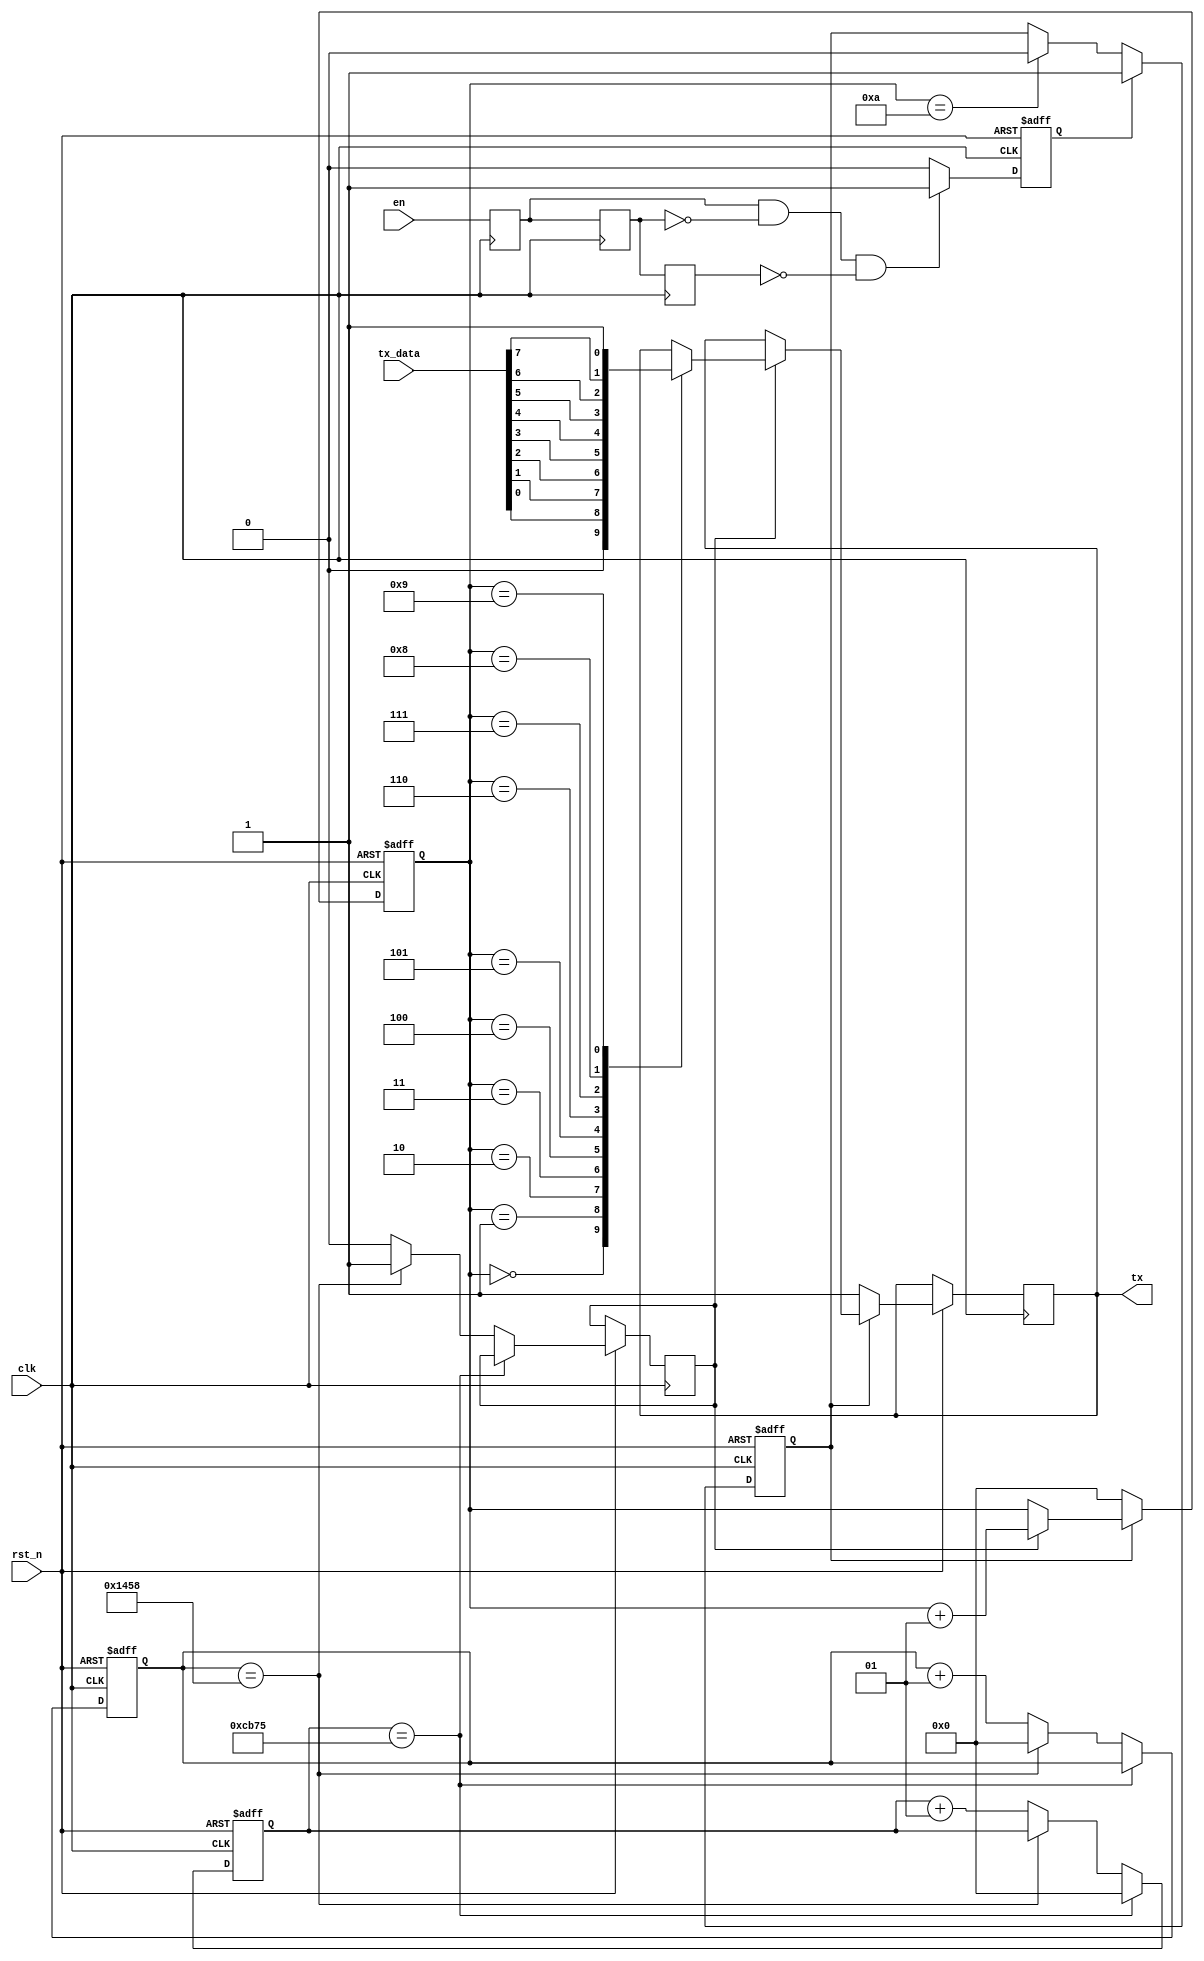
module uart_tx(
    input   clk,rst_n,
    output   tx,
    input[7:0]tx_data,
    input   en
);

    //9600bps   4ns???????
parameter clk_bps = 50_000_000;
parameter clk_en  = (clk_bps*10)/9600;



reg bps_start;
reg bit_start;
integer cnt_bps;
integer cnt_bit;
always @(posedge clk or negedge rst_n)begin
    if(!rst_n)begin
        cnt_bps<=0;
        cnt_bit<=0;
        bps_start<=0;
    end else if(cnt_bps == clk_en+2)begin
        bps_start<=1;
        cnt_bps <=0;
    end else if(cnt_bit == clk_en/10)begin
        bit_start<=1;
        cnt_bit<=0;
    end else begin
        bps_start<=0;
        bit_start<=0;
        cnt_bps<=cnt_bps+1;
        cnt_bit<=cnt_bit+1;
    end
end



reg en_1,en_0,en_2,en_pose;

always @(posedge clk)begin
        en_0<=en;
        en_1<=en_0;
        en_2<=en_1;
end
always @(posedge clk or negedge rst_n)begin
    if(!rst_n)begin
        en_pose<=0;
    end else if(en_0&!en_1&!en_2)begin
                en_pose<=1;
    end else begin
        en_pose<=0;
    end
    
end

integer num_bit;
reg en_bps;
always @(posedge clk or negedge rst_n)begin
    if(!rst_n)begin
        en_bps<=0;
    end else  if(en_pose)begin
        en_bps<=1;
    end else if(num_bit == 10 )begin
        en_bps<=0;
    end
end





reg tx_reg;
always @(posedge clk or negedge rst_n) begin
    if(!rst_n) begin
        num_bit <= 0;
    end else if(en_bps) begin
        if(bit_start) begin
            case (num_bit)
                0: tx_reg <= 0;
                1: tx_reg <= tx_data[0];
                2: tx_reg <= tx_data[1];
                3: tx_reg <= tx_data[2];
                4: tx_reg <= tx_data[3];
                5: tx_reg <= tx_data[4];
                6: tx_reg <= tx_data[5];
                7: tx_reg <= tx_data[6];
                8: tx_reg <= tx_data[7];
                9: tx_reg <= 1;
                
                default: ; // Do nothing
            endcase
            num_bit <= num_bit + 1;
        end
    end else begin
        num_bit<=0;
        tx_reg<=1;
    end
end
assign tx = tx_reg;


endmodule